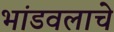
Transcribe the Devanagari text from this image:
भांडवलाचे